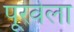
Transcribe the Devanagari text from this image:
पूरवेला